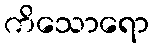
ကိသောရော